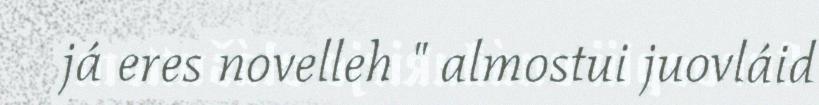
já eres novelleh " almostui juovláid